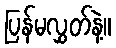
ပြန်မလွှတ်နဲ့။